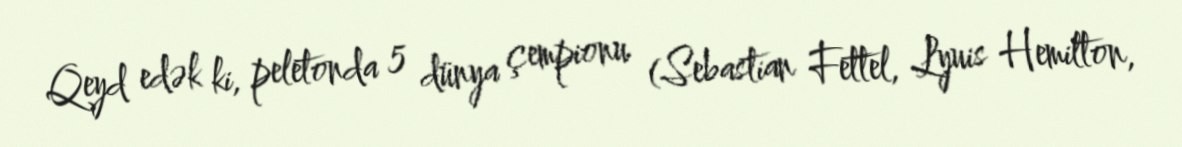
Qeyd edək ki, peletonda 5 dünya çempionu (Sebastian Fettel, Lyuis Hemilton,